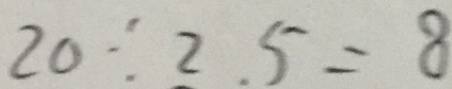
2 0 \div 2 . 5 = 8